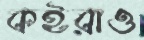
কইরাও